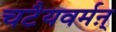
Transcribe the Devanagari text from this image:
चटैयवर्मऩ्